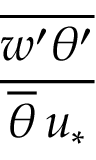
\frac { \overline { { w ^ { \prime } \theta ^ { \prime } } } } { \overline { { \theta } } \, u _ { * } }